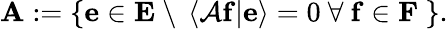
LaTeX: \mathbf{A}:=\left\{ \mathbf{e}\in\mathbf{E}\ \backslash\ \left\langle\left.\mathcal{A}\mathbf{f}\right\vert\mathbf{e}\right\rangle=0\ \forall\ \mathbf{f}\in\mathbf{F}\ \right\} .